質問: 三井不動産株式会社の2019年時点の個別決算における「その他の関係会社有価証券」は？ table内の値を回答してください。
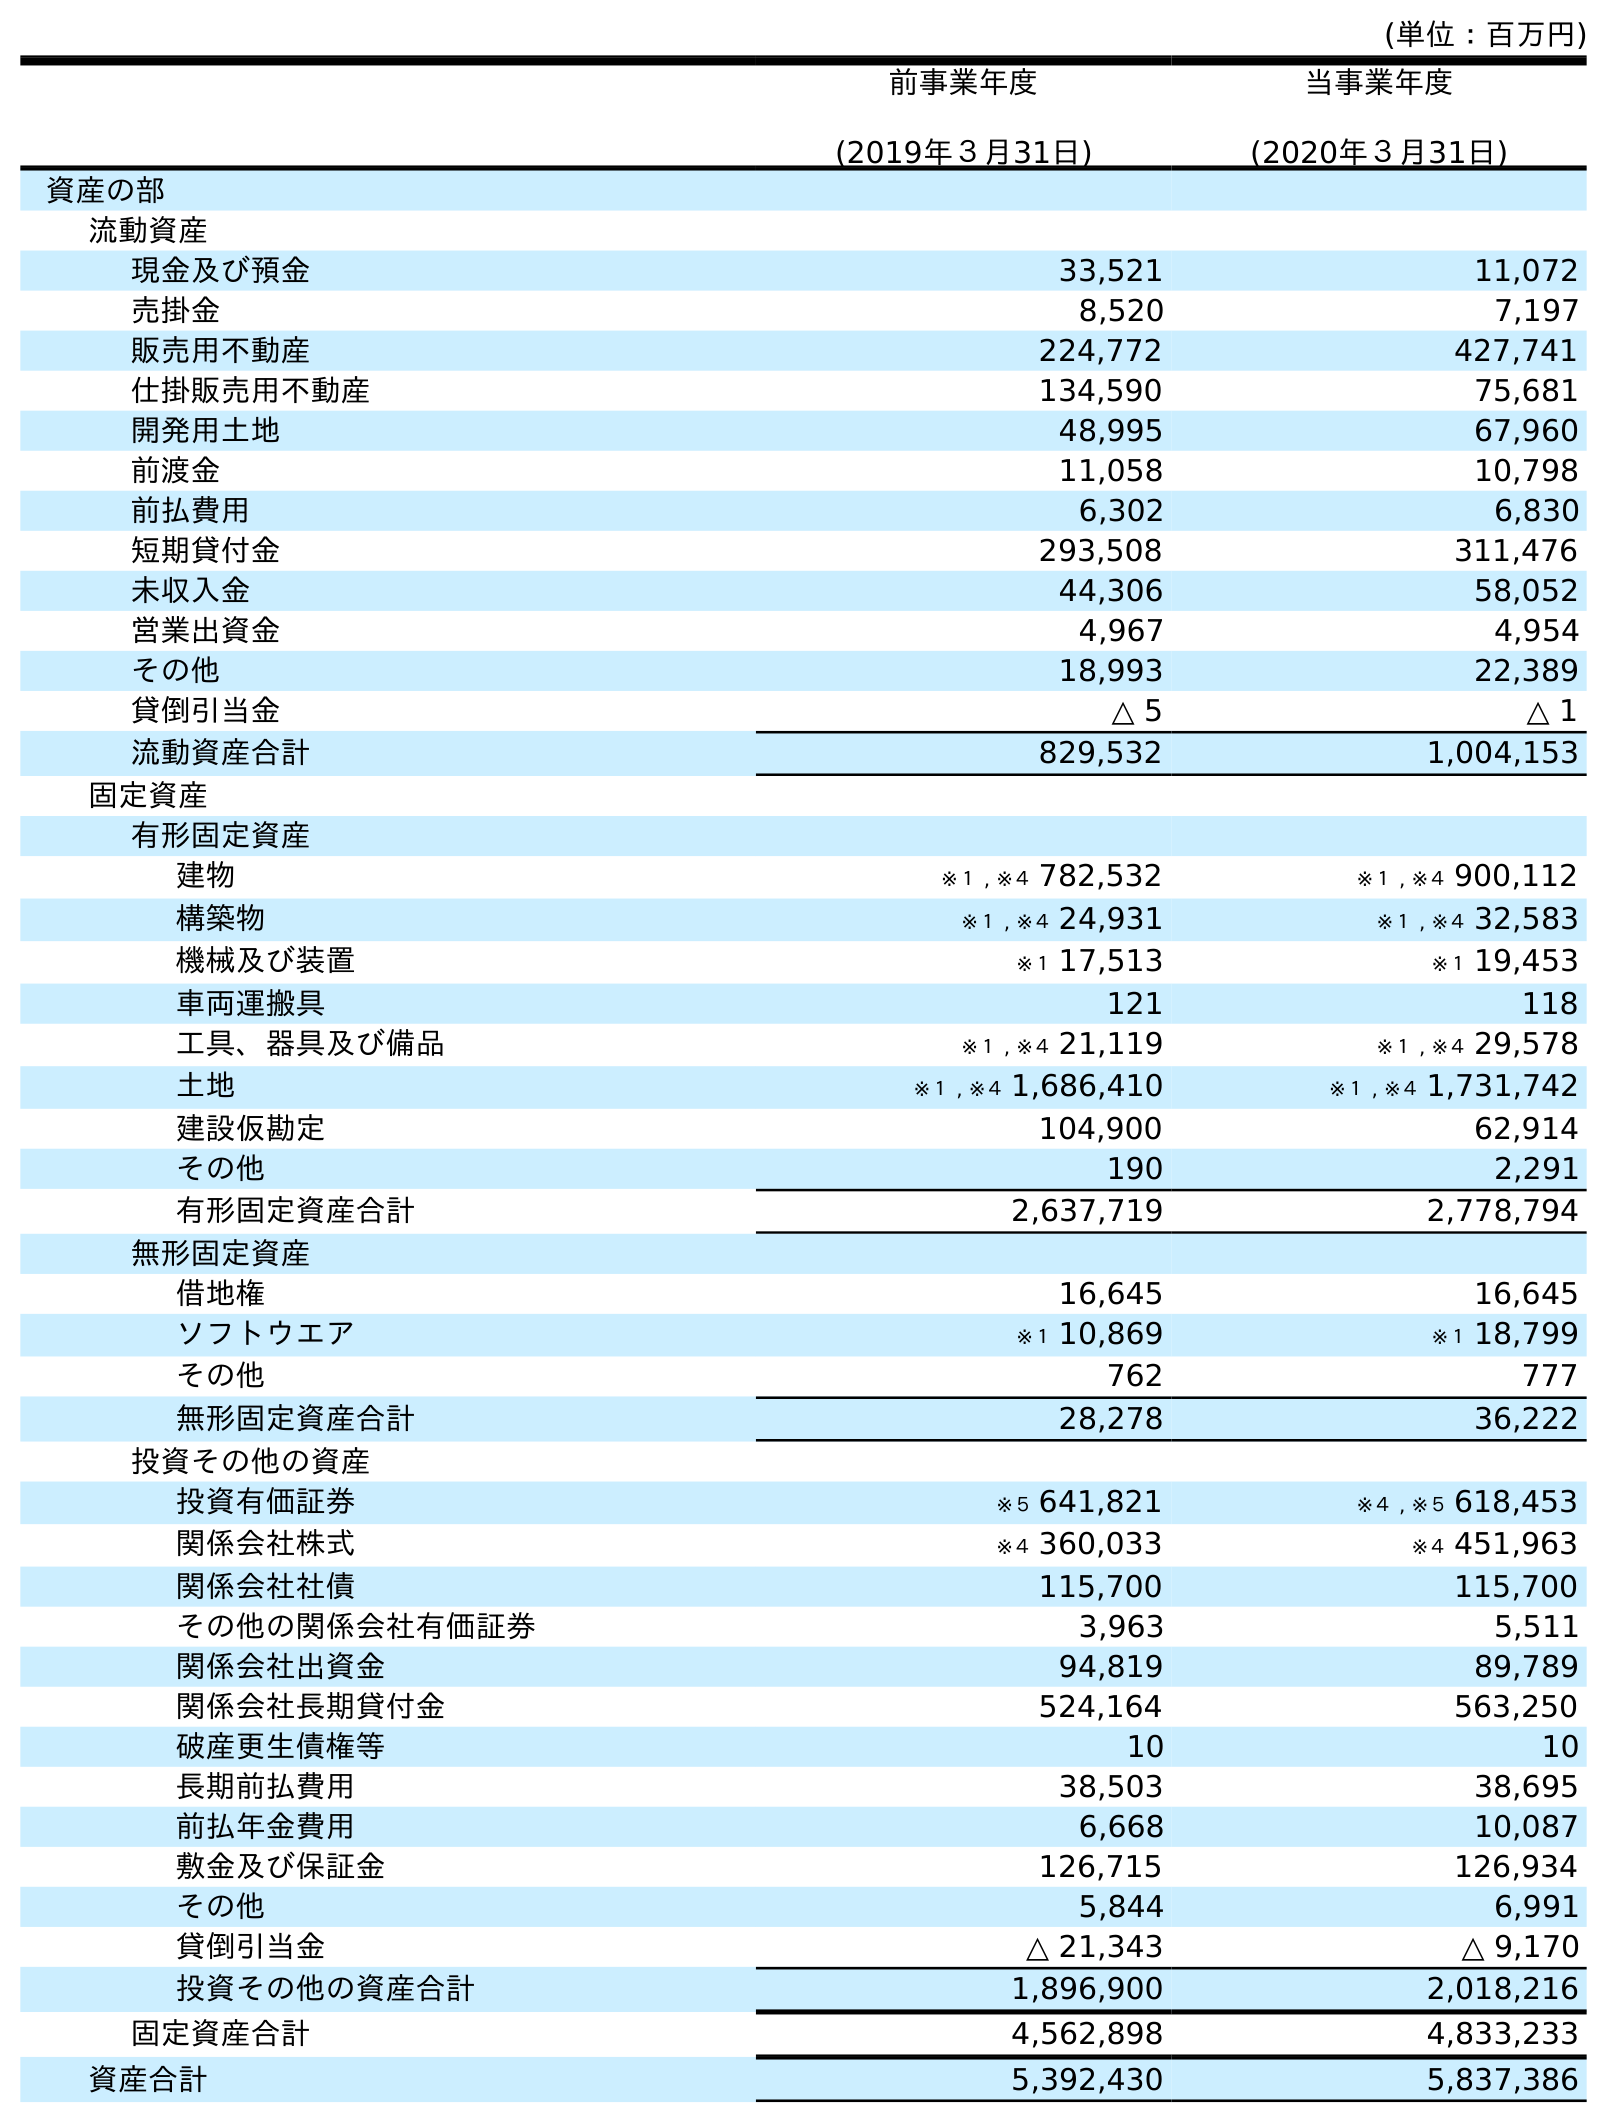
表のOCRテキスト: (単位：百万円) 前事業年度 (2019年３月31日) 当事業年度 (2020年３月31日) 資産の部 流動資産 現金及び預金 33,521 11,072 売掛金 8,520 7,197 販売用不動産 224,772 427,741 仕掛販売用不動産 134,590 75,681 開発用土地 48,995 67,960 前渡金 11,058 10,798 前払費用 6,302 6,830 短期貸付金 293,508 311,476 未収入金 44,306 58,052 営業出資金 4,967 4,954 その他 18,993 22,389 貸倒引当金 △ 5 △ 1 流動資産合計 829,532 1,004,153 固定資産 有形固定資産 建物 ※１ , ※４ 782,532 ※１ , ※４ 900,112 構築物 ※１ , ※４ 24,931 ※１ , ※４ 32,583 機械及び装置 ※１ 17,513 ※１ 19,453 車両運搬具 121 118 工具、器具及び備品 ※１ , ※４ 21,119 ※１ , ※４ 29,578 土地 ※１ , ※４ 1,686,410 ※１ , ※４ 1,731,742 建設仮勘定 104,900 62,914 その他 190 2,291 有形固定資産合計 2,637,719 2,778,794 無形固定資産 借地権 16,645 16,645 ソフトウエア ※１ 10,869 ※１ 18,799 その他 762 777 無形固定資産合計 28,278 36,222 投資その他の資産 投資有価証券 ※５ 641,821 ※４ , ※５ 618,453 関係会社株式 ※４ 360,033 ※４ 451,963 関係会社社債 115,700 115,700 その他の関係会社有価証券 3,963 5,511 関係会社出資金 94,819 89,789 関係会社長期貸付金 524,164 563,250 破産更生債権等 10 10 長期前払費用 38,503 38,695 前払年金費用 6,668 10,087 敷金及び保証金 126,715 126,934 その他 5,844 6,991 貸倒引当金 △ 21,343 △ 9,170 投資その他の資産合計 1,896,900 2,018,216 固定資産合計 4,562,898 4,833,233 資産合計 5,392,430 5,837,386
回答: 3,963